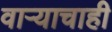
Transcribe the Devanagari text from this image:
वाऱ्याचाही